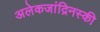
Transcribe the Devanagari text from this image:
अलेकजांद्रिनस्की